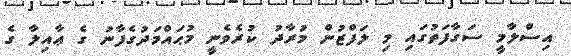
އިސްލާމީ ސަގާފަތުގައި މި ލަފްޒުން މުރާދު ކުރެވެނީ މުޙައްމަދުގެފާނު ގެ ޢާއިލާ ގެ